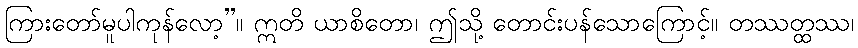
ကြားတော်မူပါကုန်လော့”။ ဣတိ ယာစိတော၊ ဤသို့ တောင်းပန်သောကြောင့်။ တဿတ္ထဿ၊